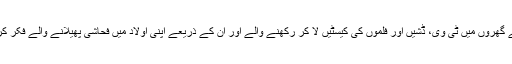
اپنے گھروں میں ٹی وی، ڈشیں اور فلموں کی کیسٹیں لا کر رکھنے والے اور ان کے ذریعے اپنی اولاد میں فحاشی پھیلانے والے فکر کریں۔